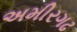
અમીરગઢ